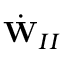
\dot { \mathbf { W } } _ { I I }